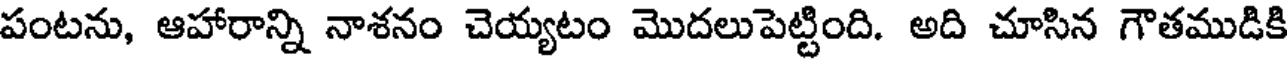
పంటను, ఆహారాన్ని నాశనం చెయ్యటం మొదలుపెట్టింది. అది చూసిన గౌతముడికి